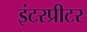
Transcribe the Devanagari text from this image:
इंटरप्रीटर